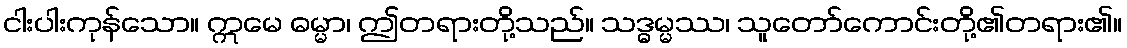
ငါးပါးကုန်သော။ ဣမေ ဓမ္မာ၊ ဤတရားတို့သည်။ သဒ္ဓမ္မဿ၊ သူတော်ကောင်းတို့၏တရား၏။